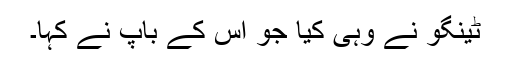
ٹینگو نے وہی کیا جو اس کے باپ نے کہا۔